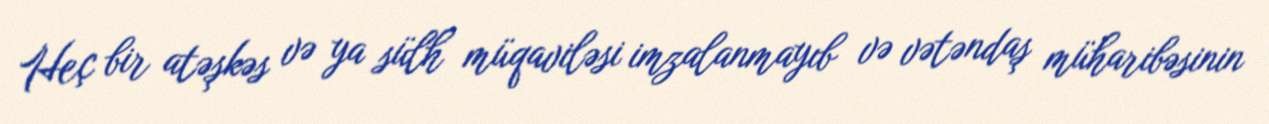
Heç bir atəşkəs və ya sülh müqaviləsi imzalanmayıb və vətəndaş müharibəsinin